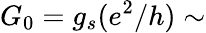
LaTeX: G_{0}=g_{s}(e^{2}/h)\sim